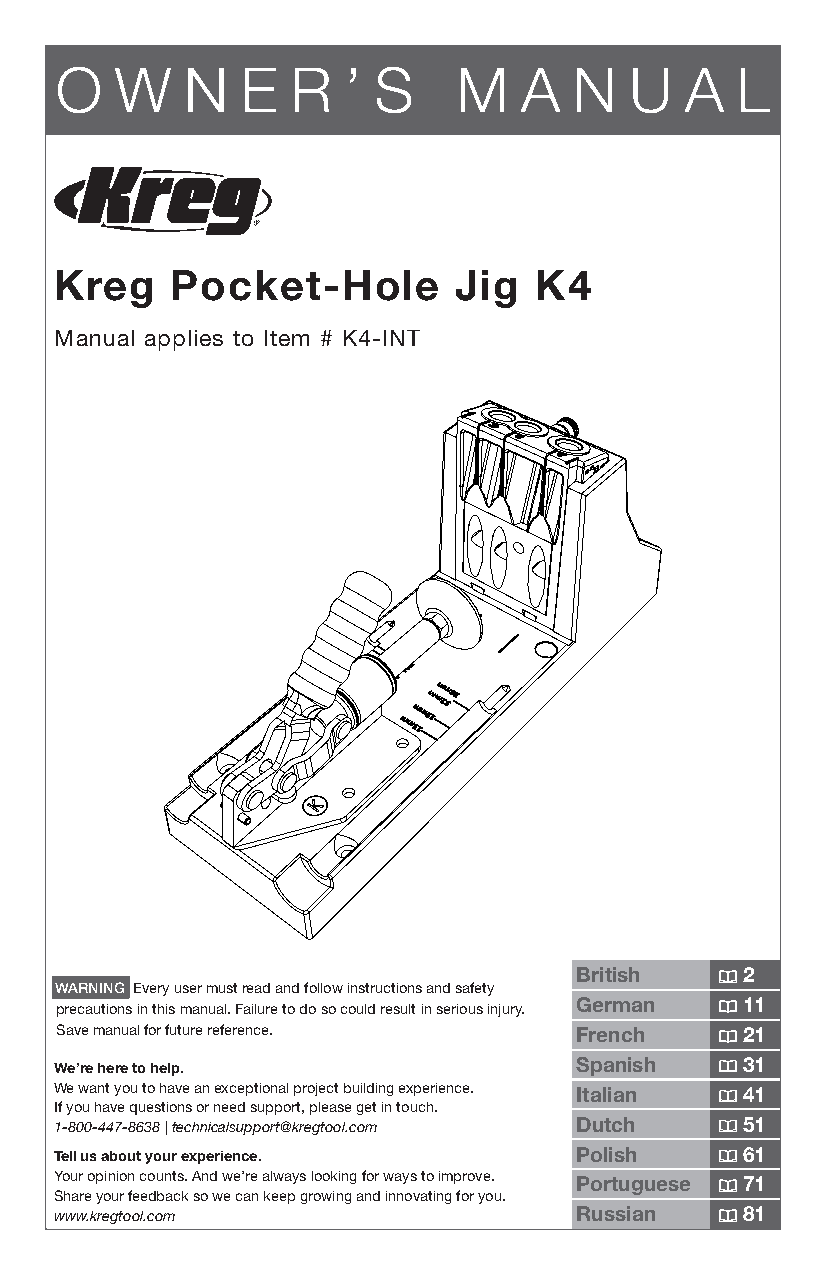
O   W   N   E  R   ’ S    M   A   N   U  A   L
 Kreg   Pocket-Hole        Jig  K4
 Manual applies to Item # K4-INT
 British    2
 WARNING Every user must read and follow instructions and safety
 German     11
 precautions in this manual. Failure to do so could result in serious injury.
 Save manual for future reference. French     21
 We’re here to help.               Spanish    31
 We want you to have an exceptional project building experience. Italian 41
 If you have questions or need support, please get in touch.
 1-800-447-8638 | technicalsupport@kregtool.com Dutch 51
 Tell us about your experience.    Polish     61
 Your opinion counts. And we’re always looking for ways to improve. Portuguese 71
 Share your feedback so we can keep growing and innovating for you.
 www.kregtool.com                  Russian    81